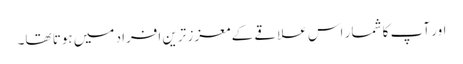
اور آپ کا شمار اس علاقے کے معزز ترین افراد میں ہوتا تھا۔